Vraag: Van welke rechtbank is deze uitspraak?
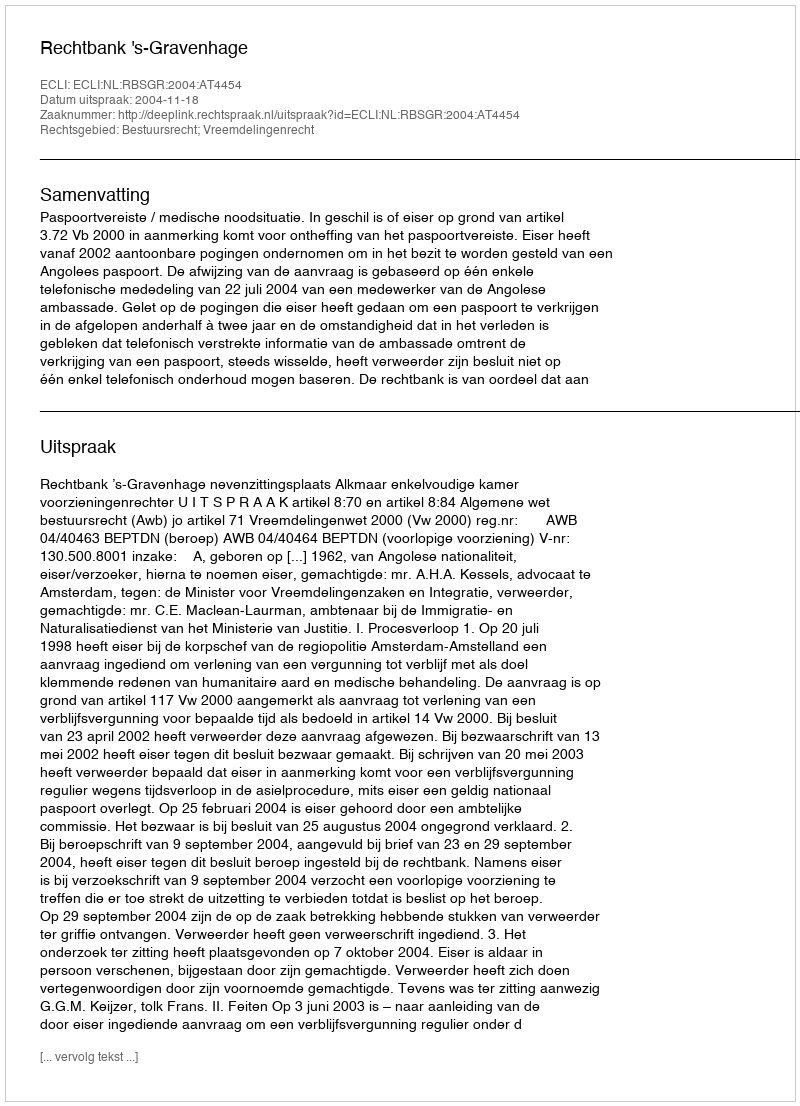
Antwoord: Rechtbank 's-Gravenhage